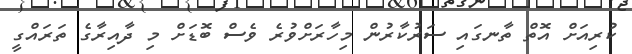
ކުރިއަށް އޮތް ތާނގައި ސަރުކާރުން މިހާރަށްވުރެ ވެސް ބޮޑަށް މި ދާއިރާގެ ތަރައްގީ